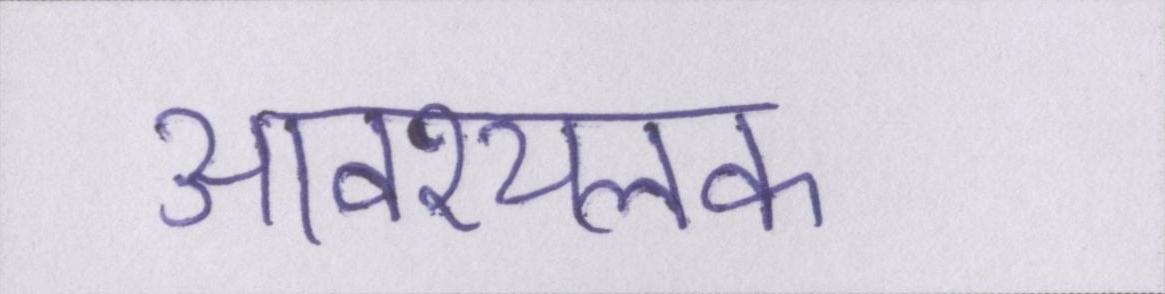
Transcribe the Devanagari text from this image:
आवश्यलक